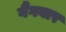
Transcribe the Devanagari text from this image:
गैंगवार